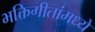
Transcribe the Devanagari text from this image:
भक्तिगीतांमध्ये